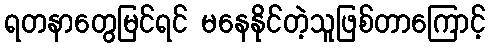
ရတနာတွေမြင်ရင် မနေနိုင်တဲ့သူဖြစ်တာကြောင့်